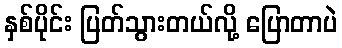
နှစ်ပိုင်း ပြတ်သွားတယ်လို့ ပြောတာပဲ